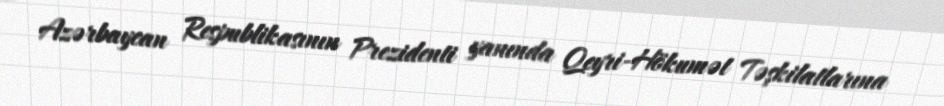
Azərbaycan Respublikasının Prezidenti yanında Qeyri-Hökumət Təşkilatlarına